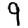
Digit: 9